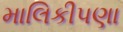
માલિકીપણા